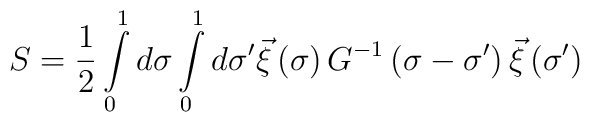
S=\frac{1}{2}\int\limits_0^1 d\sigma\int\limits_0^1 d\sigma^\prime\vec\xi\left(\sigma\right)G^{-1}\left(\sigma-\sigma^\prime\right)\vec\xi\left(\sigma^\prime\right)